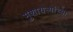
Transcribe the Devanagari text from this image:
मुशायऱ्यांच्या